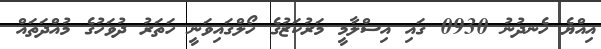
އިއްޔެ ހެނދުނު 0930 ގައި އިސްލާމީ މަރުކަޒުގެ ހޯލްގައިވަނީ ހަތަރު ދުވަހުގެ މުއްދަތައް